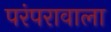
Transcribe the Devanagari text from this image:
परंपरावाला